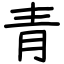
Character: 青